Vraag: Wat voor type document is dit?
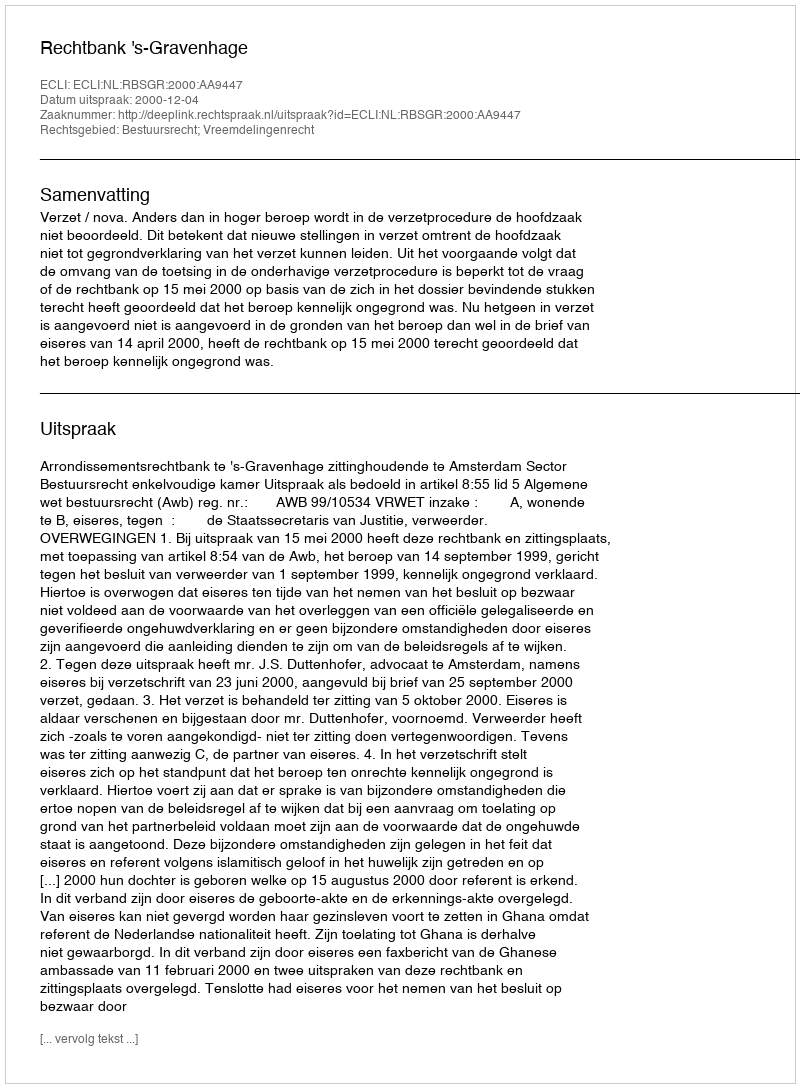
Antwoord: Uitspraak